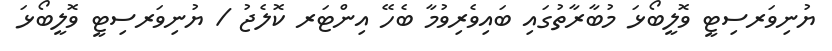
ޔުނިވަރސިޓީ ވޮލީބޯޅަ މުބާރާތުގައި ބައިވެރިވުމާ ބެހޭ އިންޓަރ ކޮލެޖު / ޔުނިވަރސިޓީ ވޮލީބޯޅަ